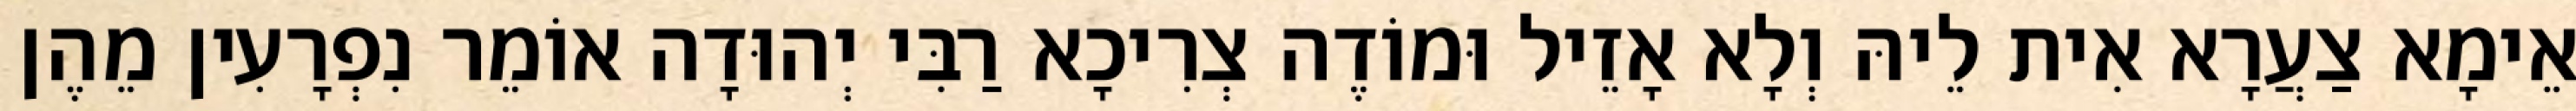
אֵימָא צַעֲרָא אִית לֵיהּ וְלָא אָזֵיל וּמוֹדֶה צְרִיכָא רַבִּי יְהוּדָה אוֹמֵר נִפְרָעִין מֵהֶן